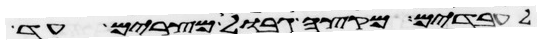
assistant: לעבדים מקצה גבול מצרים עד